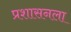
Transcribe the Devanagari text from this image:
प्रशासनला